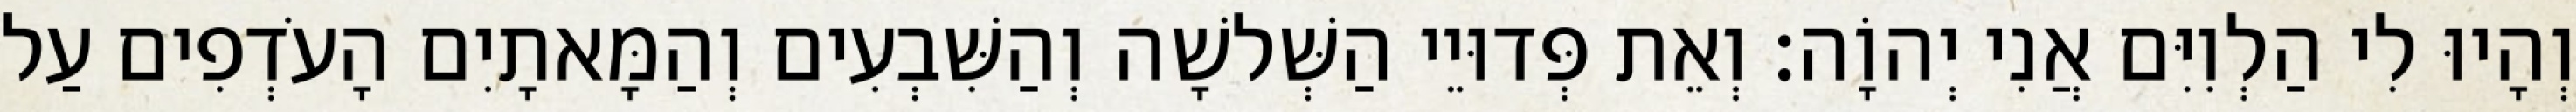
וְהָיוּ לִי הַלְוִיִּם אֲנִי יְהוָֹה׃ וְאֵת פְּדוּיֵי הַשְּׁלשָׁה וְהַשִּׁבְעִים וְהַמָּאתָיִם הָעֹדְפִים עַל